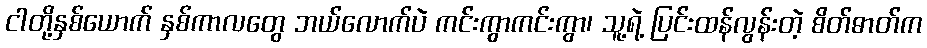
ငါတို့နှစ်ယောက် နှစ်ကာလတွေ ဘယ်လောက်ပဲ ကင်းကွာကင်းကွာ၊ သူ့ရဲ့ ပြင်းထန်လွန်းတဲ့ စိတ်ဓာတ်က